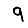
Digit: 9